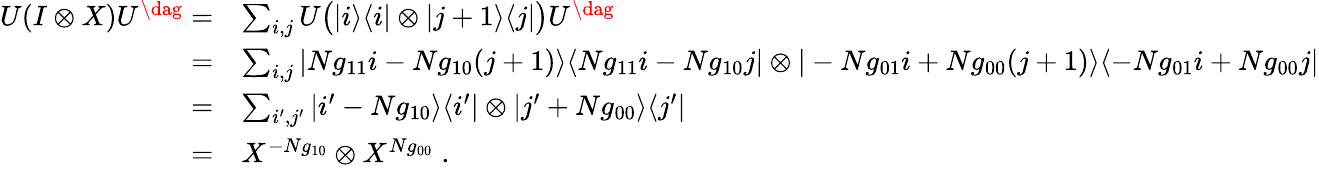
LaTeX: \begin{array}{rl}{U(I\otimes X)U^{\dag}=}&{\sum_{i,j}U\big(|i\rangle\langle i|\otimes|j+1\rangle\langle j|\big)U^{\dag}}\\ {=}&{\sum_{i,j}|Ng_{11}i-Ng_{10}(j+1)\rangle\langle Ng_{11}i-Ng_{10}j|\otimes|-Ng_{01}i+Ng_{00}(j+1)\rangle\langle-Ng_{01}i+Ng_{00}j|}\\ {=}&{\sum_{i^{\prime},j^{\prime}}|i^{\prime}-Ng_{10}\rangle\langle i^{\prime}|\otimes|j^{\prime}+Ng_{00}\rangle\langle j^{\prime}|}\\ {=}&{X^{-Ng_{10}}\otimes X^{Ng_{00}}\; .}\end{array}